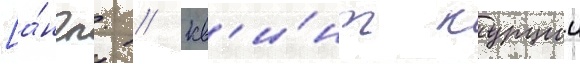
[а́нгл. // Кв'и́нт курции